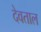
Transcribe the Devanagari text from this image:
देवताल